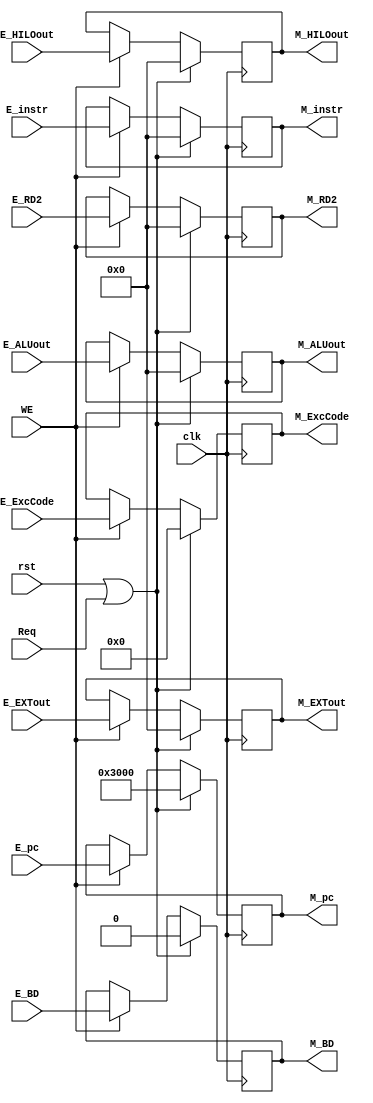
module M_REG (
    input clk,
    input rst,
    input WE,
    input Req,
    input [31:0] E_instr,
    input [31:0] E_pc,
    input [31:0] E_EXTout,
    input [31:0] E_ALUout,
    input [31:0] E_RD2,
    input [31:0] E_HILOout,
    input E_BD,
    input [4:0] E_ExcCode,
    output reg [31:0] M_instr,
    output reg [31:0] M_pc,
    output reg [31:0] M_EXTout,
    output reg [31:0] M_ALUout,
    output reg [31:0] M_RD2,
    output reg [31:0] M_HILOout,
    output reg M_BD,
    output reg [4:0] M_ExcCode
    );

    always @(posedge clk) begin
        if(rst || Req) begin
            M_instr <= 0;
            M_pc <= 32'h3000;
            M_EXTout <= 0;
            M_ALUout <= 0;
            M_RD2 <= 0;
            M_HILOout <= 0;
            M_BD <= 0;
            M_ExcCode <= 0;
        end else if(WE) begin
            M_instr <= E_instr;
            M_pc <= E_pc;
            M_EXTout <= E_EXTout;
            M_ALUout <= E_ALUout;
            M_RD2 <= E_RD2;
            M_HILOout <= E_HILOout;
            M_BD <= E_BD;
            M_ExcCode <= E_ExcCode;
        end
    end
    
endmodule